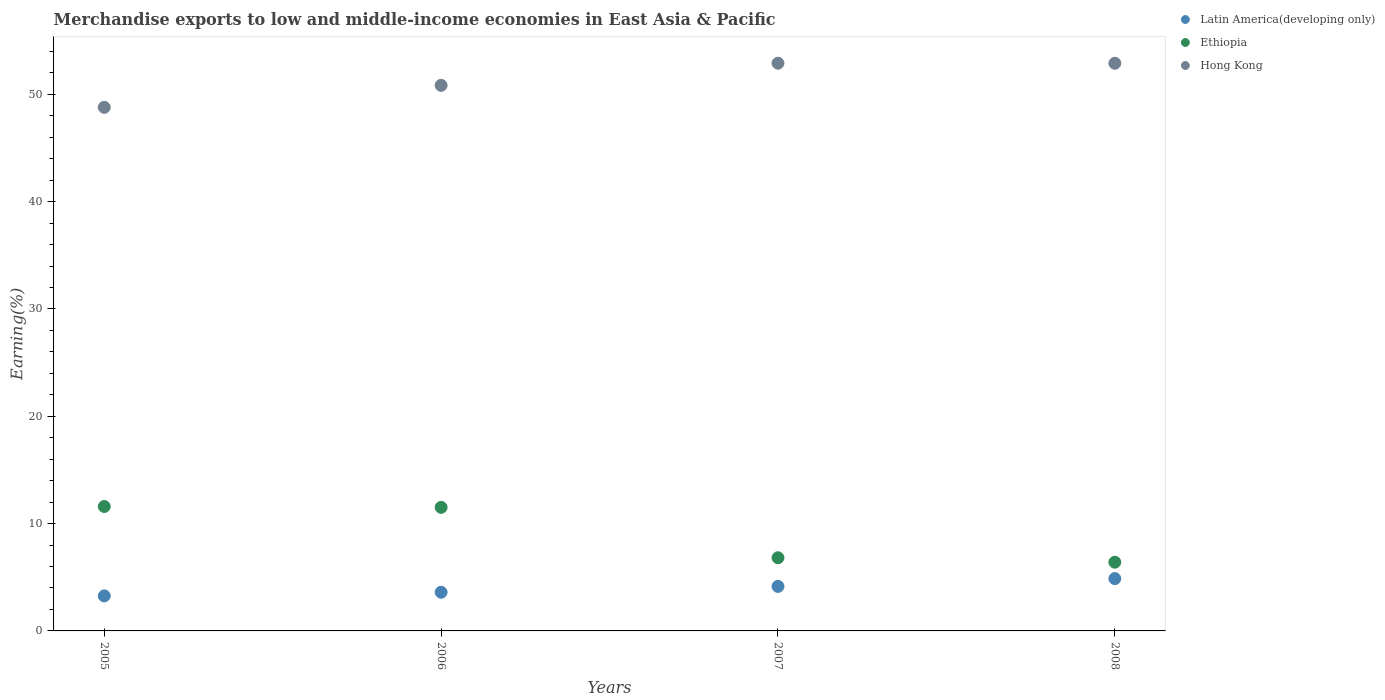
| Years | Latin America(developing only) | Ethiopia | Hong Kong |
 | --- | --- | --- | --- |
 | 2005 | 3.26 | 11.6 | 48.8 |
 | 2006 | 3.61 | 11.5 | 50.8 |
 | 2007 | 4.15 | 6.82 | 52.9 |
 | 2008 | 4.88 | 6.4 | 52.9 |